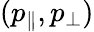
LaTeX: (p_{\parallel},p_{\perp})